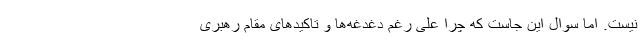
نیست. اما سوال این جاست که چرا علی رغم دغدغه‌ها و تاکید‌های مقام رهبری